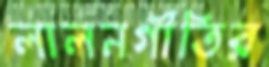
লালনগীতির